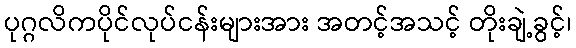
ပုဂ္ဂလိကပိုင်လုပ်ငန်းများအား အတင့်အသင့် တိုးချဲ့ခွင့်၊